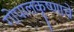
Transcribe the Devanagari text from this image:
गोपालकृष्णाचे